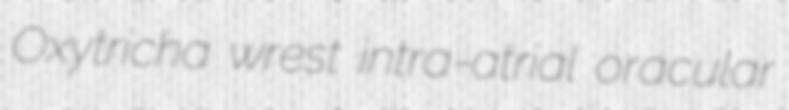
Oxytricha wrest intra-atrial oracular